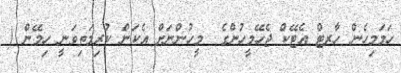
ހަމަމިހެން ހާރޓް އެޓޭކް ޖެހޭމީހުންގެ  މީހުންނަށް އެކަން ކުރިމަތިވަނީ ހިމޭން (